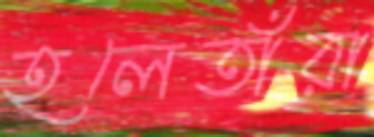
হলেতাঁরা